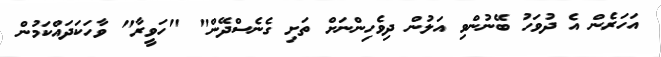
އަހަރެން އެ ދުވަހު ބޭނުންވި އަލުން ދިވެހިންނަށް ތަށި ގެނެސްދޭން" "ހަވީރާ" ވާހަކަދައްކަމުން